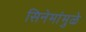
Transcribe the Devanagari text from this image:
सिनेमांमुळे